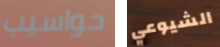
حواسيب الشيوعي